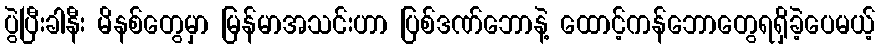
ပွဲပြီးခါနီး မိနစ်တွေမှာ မြန်မာအသင်းဟာ ပြစ်ဒဏ်ဘောနဲ့ ထောင့်ကန်ဘောတွေရရှိခဲ့ပေမယ့်